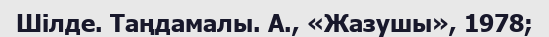
Шілде. Таңдамалы. А., «Жазушы», 1978;